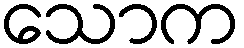
သောက